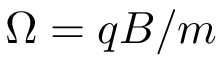
\Omega = q B / m